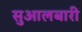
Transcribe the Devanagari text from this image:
सुआलबारी